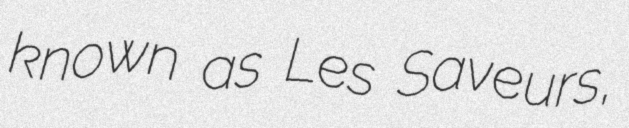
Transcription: known as Les Saveurs,